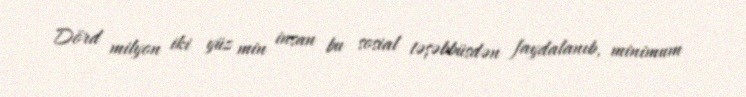
Dörd milyon iki yüz min insan bu sosial təşəbbüsdən faydalanıb, minimum